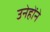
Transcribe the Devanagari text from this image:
उनेहोंने